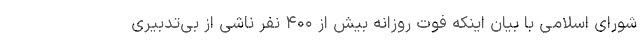
شورای اسلامی با بیان اینکه فوت روزانه بیش از ۴۰۰ نفر ناشی از بی‌تدبیری